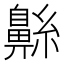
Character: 𮮷